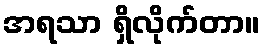
အရသာ ရှိလိုက်တာ။